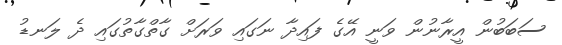
ސަބަބުން އީރާނުން ވަނީ އޭގެ ފައިދާ ނަގައި ވަރަށް ގާތްގާތުގައި ދެ ލަނޑު